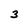
Character: 3